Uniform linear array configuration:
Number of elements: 64
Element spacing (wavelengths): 1
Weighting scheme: uniform
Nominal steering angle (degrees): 0
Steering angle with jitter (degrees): -1.568
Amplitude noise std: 0.05
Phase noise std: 0.05

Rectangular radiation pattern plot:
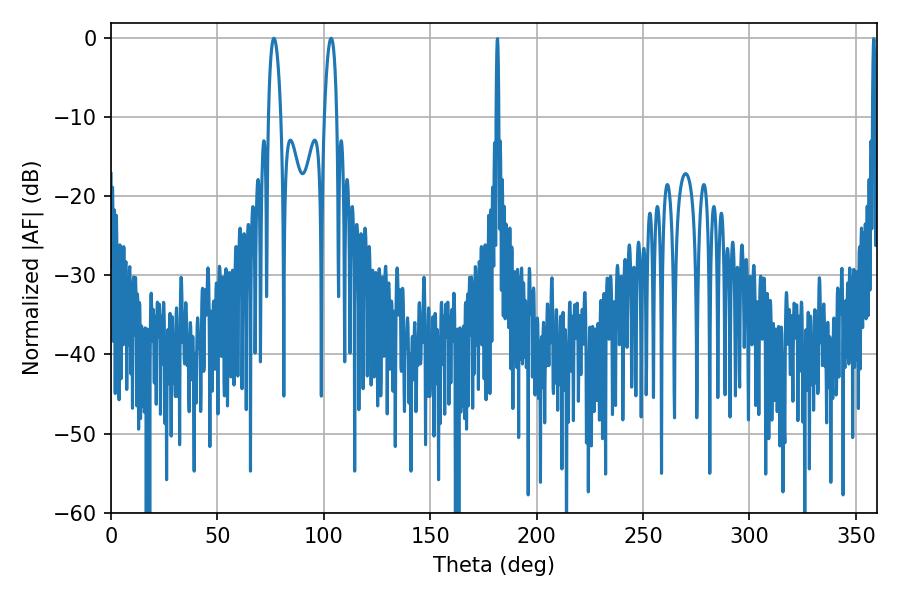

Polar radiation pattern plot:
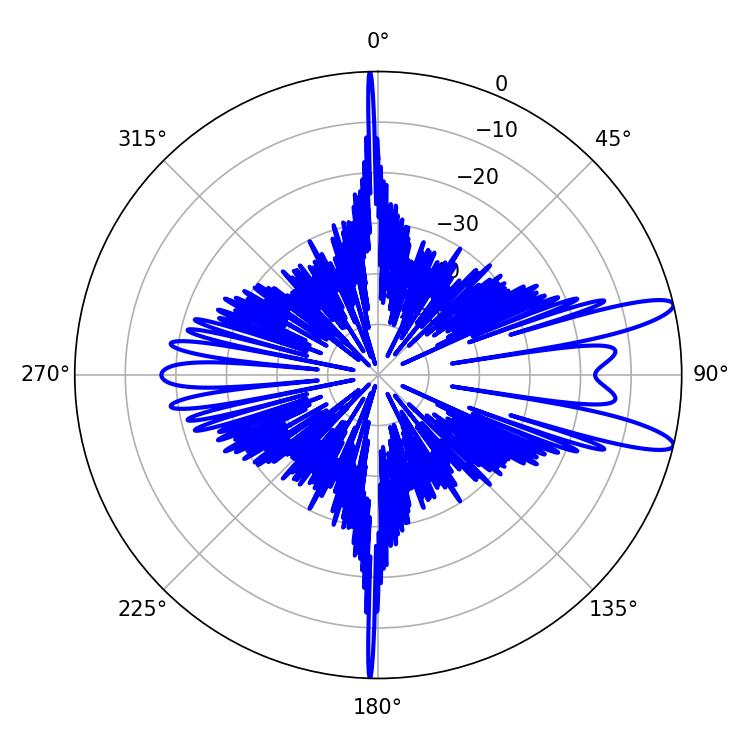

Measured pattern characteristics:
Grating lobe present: TRUE
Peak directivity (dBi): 11.945
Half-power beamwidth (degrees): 3.24
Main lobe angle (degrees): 103.5